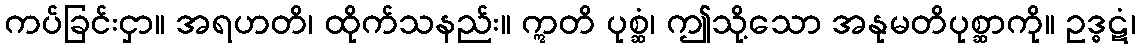
ကပ်ခြင်းငှာ။ အရဟတိ၊ ထိုက်သနည်း။ ဣတိ ပုစ္ဆံ၊ ဤသို့သော အနုမတိပုစ္ဆာကို။ ဥဒ္ဓဋံ၊